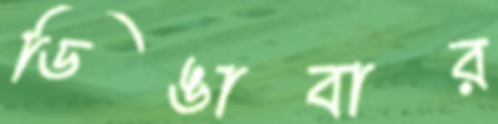
ডিঙাবার